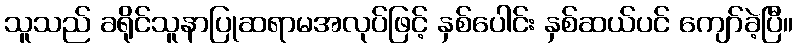
သူသည် ခရိုင်သူနာပြုဆရာမအလုပ်ဖြင့် နှစ်ပေါင်း နှစ်ဆယ်ပင် ကျော်ခဲ့ပြီ။